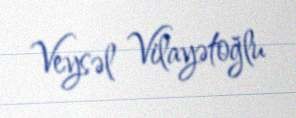
Veysəl Vilayətoğlu